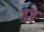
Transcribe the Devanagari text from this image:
जुजु